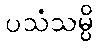
ပသံသမ္ပိ